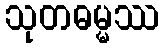
သုတဓမ္မဿ